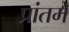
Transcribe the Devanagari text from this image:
प्रांतमे